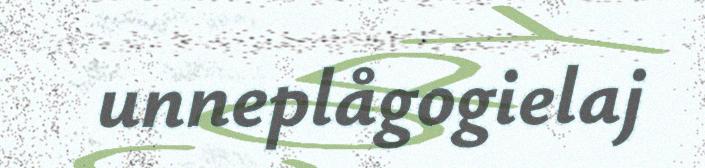
unneplågogielaj